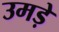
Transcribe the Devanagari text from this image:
उमड़े